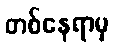
တစ်နေရာမှ